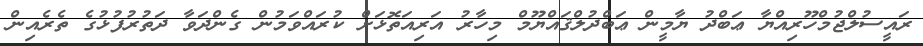
ރައީސުލްޖުމްހޫރިއްޔާ ޢަބްދު ޔާމީން ޢަބްދުލްޤައްޔޫމް މިހާރު އަރިއަތޮޅަށް ކުރައްވަމުން ގެންދަވާ ދަތުރުފުޅުގެ ތެރެއިން